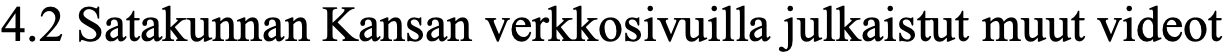
4.2 Satakunnan Kansan verkkosivuilla julkaistut muut videot